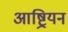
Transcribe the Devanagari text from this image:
आष्ट्रियन